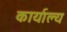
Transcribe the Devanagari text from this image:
कार्याल्य